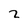
Character: 2